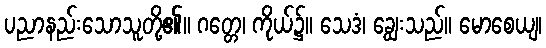
ပညာနည်းသောသူတို့၏။ ဂတ္တေ၊ ကိုယ်၌။ သေဒံ၊ ချွေးသည်။ မောစေယျ၊